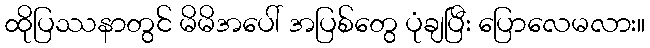
ထိုပြဿနာတွင် မိမိအပေါ် အပြစ်တွေ ပုံချပြီး ပြောလေမလား။